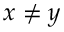
x \not = y